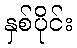
နှစ်ပိုင်း